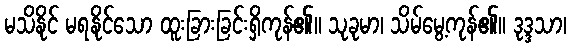
မသိနိုင် မရနိုင်သော ထူးခြားခြင်းရှိကုန်၏။ သုခုမာ၊ သိမ်မွေ့ကုန်၏။ ဒုဒ္ဒသာ၊